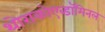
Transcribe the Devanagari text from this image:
थोराकोएब्डॉमिनल